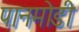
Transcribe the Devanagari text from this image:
पानमोडी